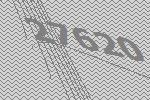
27620